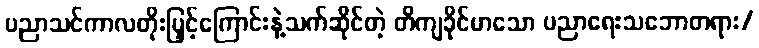
ပညာသင်ကာလတိုးမြှင့်ကြောင်းနဲ့သက်ဆိုင်တဲ့ တိကျခိုင်မာသော ပညာရေးသဘောတရား/